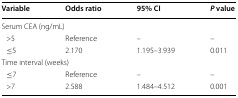
<table><thead><tr><td><b>Variable</b></td><td><b>Odds ratio</b></td><td><b>95% CI</b></td><td><b><i>P</i> value</b></td></tr></thead><tbody><tr><td colspan="4">Serum CEA (ng/mL)</td></tr><tr><td> &gt;5</td><td>Reference</td><td>–</td><td>–</td></tr><tr><td> ≤5</td><td>2.170</td><td>1.195–3.939</td><td>0.011</td></tr><tr><td colspan="4">Time interval (weeks)</td></tr><tr><td> ≤7</td><td>Reference</td><td>–</td><td>–</td></tr><tr><td> &gt;7</td><td>2.588</td><td>1.484–4.512</td><td>0.001</td></tr></tbody></table>